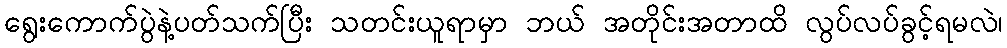
ရွေးကောက်ပွဲနဲ့ပတ်သက်ပြီး သတင်းယူရာမှာ ဘယ် အတိုင်းအတာထိ လွပ်လပ်ခွင့်ရမလဲ၊